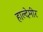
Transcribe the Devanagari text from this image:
हाल्देमीर